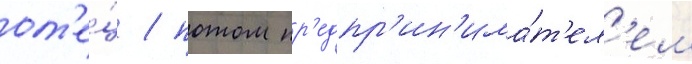
от'е́ц / потом пр'едпр'ин'има́т'ел'ем